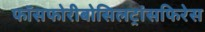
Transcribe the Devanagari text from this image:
फॉसफोरीबोसिलट्रांसफिरेस